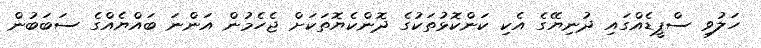
ހަލުވި ސްޕީޑެއްގައި ދުނިޔޭގެ އެކި ކަންކޮޅުތަކުގެ ދޮންކެޔޮތަކަށް ޖެހެމުން އަންނަ ބައްޔެއްގެ ސަބަބުން